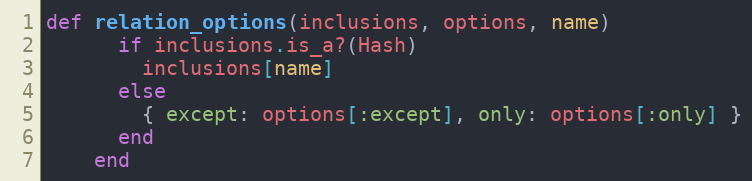
Language: Ruby
def relation_options(inclusions, options, name)
      if inclusions.is_a?(Hash)
        inclusions[name]
      else
        { except: options[:except], only: options[:only] }
      end
    end